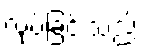
လုပ်ခြင်းသည်